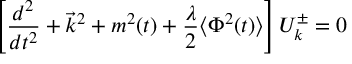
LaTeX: \left[ \frac { d ^ { 2 } } { d t ^ { 2 } } + \vec { k } ^ { 2 } + m ^ { 2 } ( t ) + \frac { \lambda } { 2 } \langle \Phi ^ { 2 } ( t ) \rangle \right] { \cal { U } } _ { k } ^ { \pm } = 0